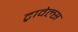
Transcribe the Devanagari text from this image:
ट्रावेल्स